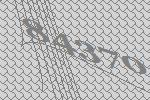
84370